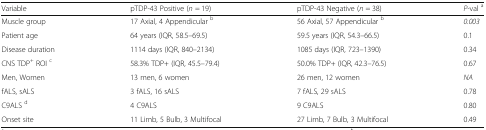
| Variable | pTDP-43 Positive (n = 19) | pTDP-43 Negative (n = 38) | P-val a |
 | --- | --- | --- | --- |
 | Muscle group | 17 Axial, 4 Appendicular b | 56 Axial, 57 Appendicular b | 0.003 |
 | Patient age | 64 years (IQR, 58.5–69.5) | 59.5 years (IQR, 54.3–66.5) | 0.1 |
 | Disease duration | 1114 days (IQR, 840–2134) | 1085 days (IQR, 723–1390) | 0.34 |
 | CNS TDP+ ROI c | 58.3% TDP+ (IQR, 45.5–79.4) | 50.0% TDP+ (IQR, 42.3–76.5) | 0.67 |
 | Men, Women | 13 men, 6 women | 26 men, 12 women | NA |
 | fALS, sALS | 3 fALS, 16 sALS | 7 fALS, 29 sALS | 0.78 |
 | C9ALS d | 4 C9ALS | 9 C9ALS | 0.80 |
 | Onset site | 11 Limb, 5 Bulb, 3 Multifocal | 27 Limb, 7 Bulb, 3 Multifocal | 0.49 |